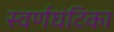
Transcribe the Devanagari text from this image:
स्वर्णघंटिका